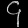
Digit: ၄